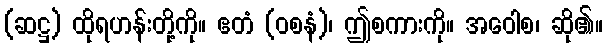
(ဆဋ္ဌ) ထိုရဟန်းတို့ကို။ ဧတံ (ဝစနံ)၊ ဤစကားကို။ အဝေါစ၊ ဆို၏။